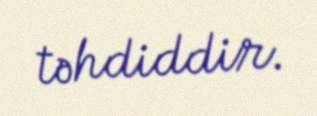
təhdiddir.